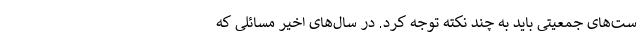
ست‌های جمعیتی باید به چند نکته توجه کرد. در سال‌های اخیر مسائلی که